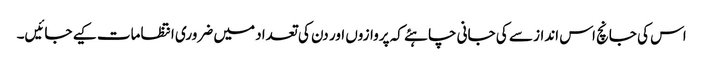
اس کی جانچ اس انداز سے کی جانی چاہئے کہ پروازوں اور دن کی تعداد میں ضروری انتظامات کیے جائیں۔